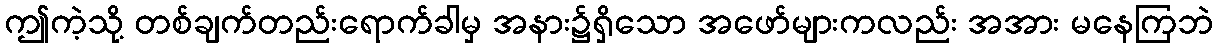
ဤကဲ့သို့ တစ်ချက်တည်းရောက်ခါမှ အနား၌ရှိသော အဖော်များကလည်း အအား မနေကြဘဲ